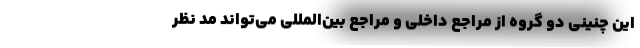
این چنینی دو گروه از مراجع داخلی و مراجع بین‌المللی می‌تواند مد نظر